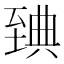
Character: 𦥃